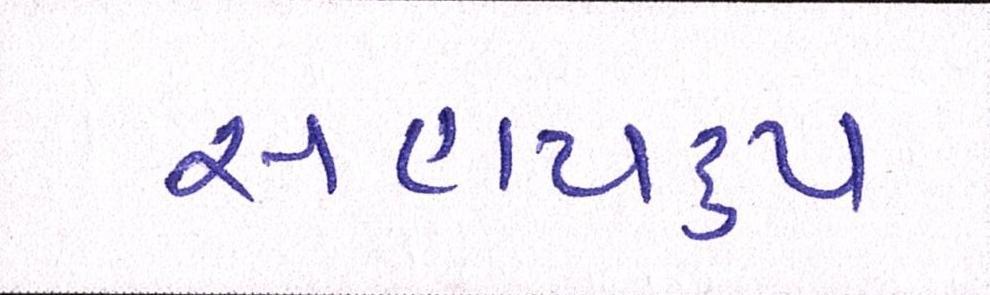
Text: સહાયરૃપ